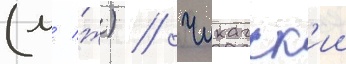
(м/ ж) // Чикагск'ии